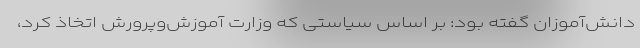
دانش‌آموزان گفته بود: بر اساس سیاستی که وزارت آموزش‌وپرورش اتخاذ کرد،